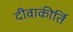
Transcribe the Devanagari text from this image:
दीवाकीर्ति